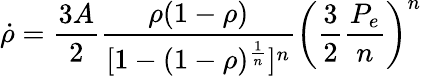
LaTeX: {\dot{\rho}}={\frac{3A}{2}}{\frac{\rho(1-\rho)}{[1-(1-\rho)^{\frac{1}{n}}]^{n}}}\left({\frac{3}{2}}{\frac{P_{e}}{n}}\right)^{n}